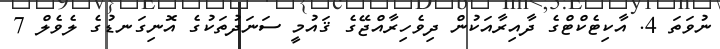
ނުވަތަ 4. އާކިޓެކްޓްގެ ދާއިރާއަކުން ދިވެހިރާއްޖޭގެ ޤައުމީ ސަނަދުތަކުގެ އޮނިގަނޑުގެ ލެވެލް 7